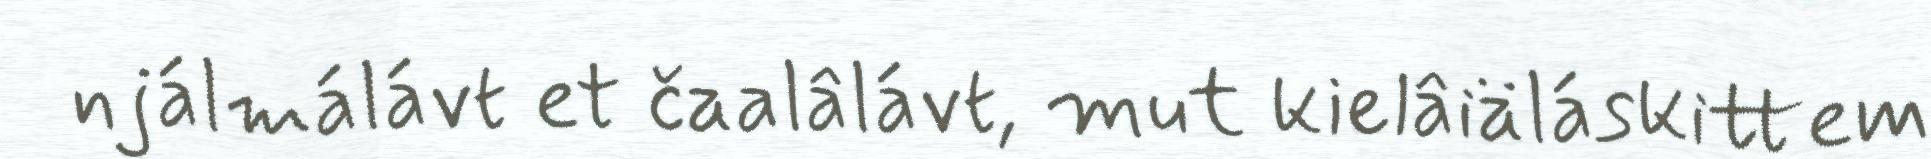
njálmálávt et čaalâlávt, mut kielâiäláskittem